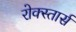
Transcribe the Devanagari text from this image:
रोक्स्तार्स